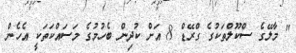
" މާލޭގެ ސްކޫލްތަކުގެ ގްރޭޑް 8 އަށް ކުދިން ބެހުމުގެ މަސައްކަތަކީ އެހެން